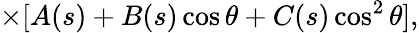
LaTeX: \times[A(s)+B(s)\cos\theta+C(s)\cos^{2}\theta],